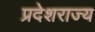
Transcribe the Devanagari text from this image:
प्रदेशराज्य